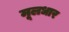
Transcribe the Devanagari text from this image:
मूलधार